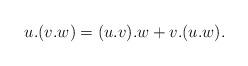
LaTeX: \begin{align*}u.(v.w)=(u.v).w + v.(u.w).\end{align*}